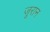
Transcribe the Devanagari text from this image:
जूरान